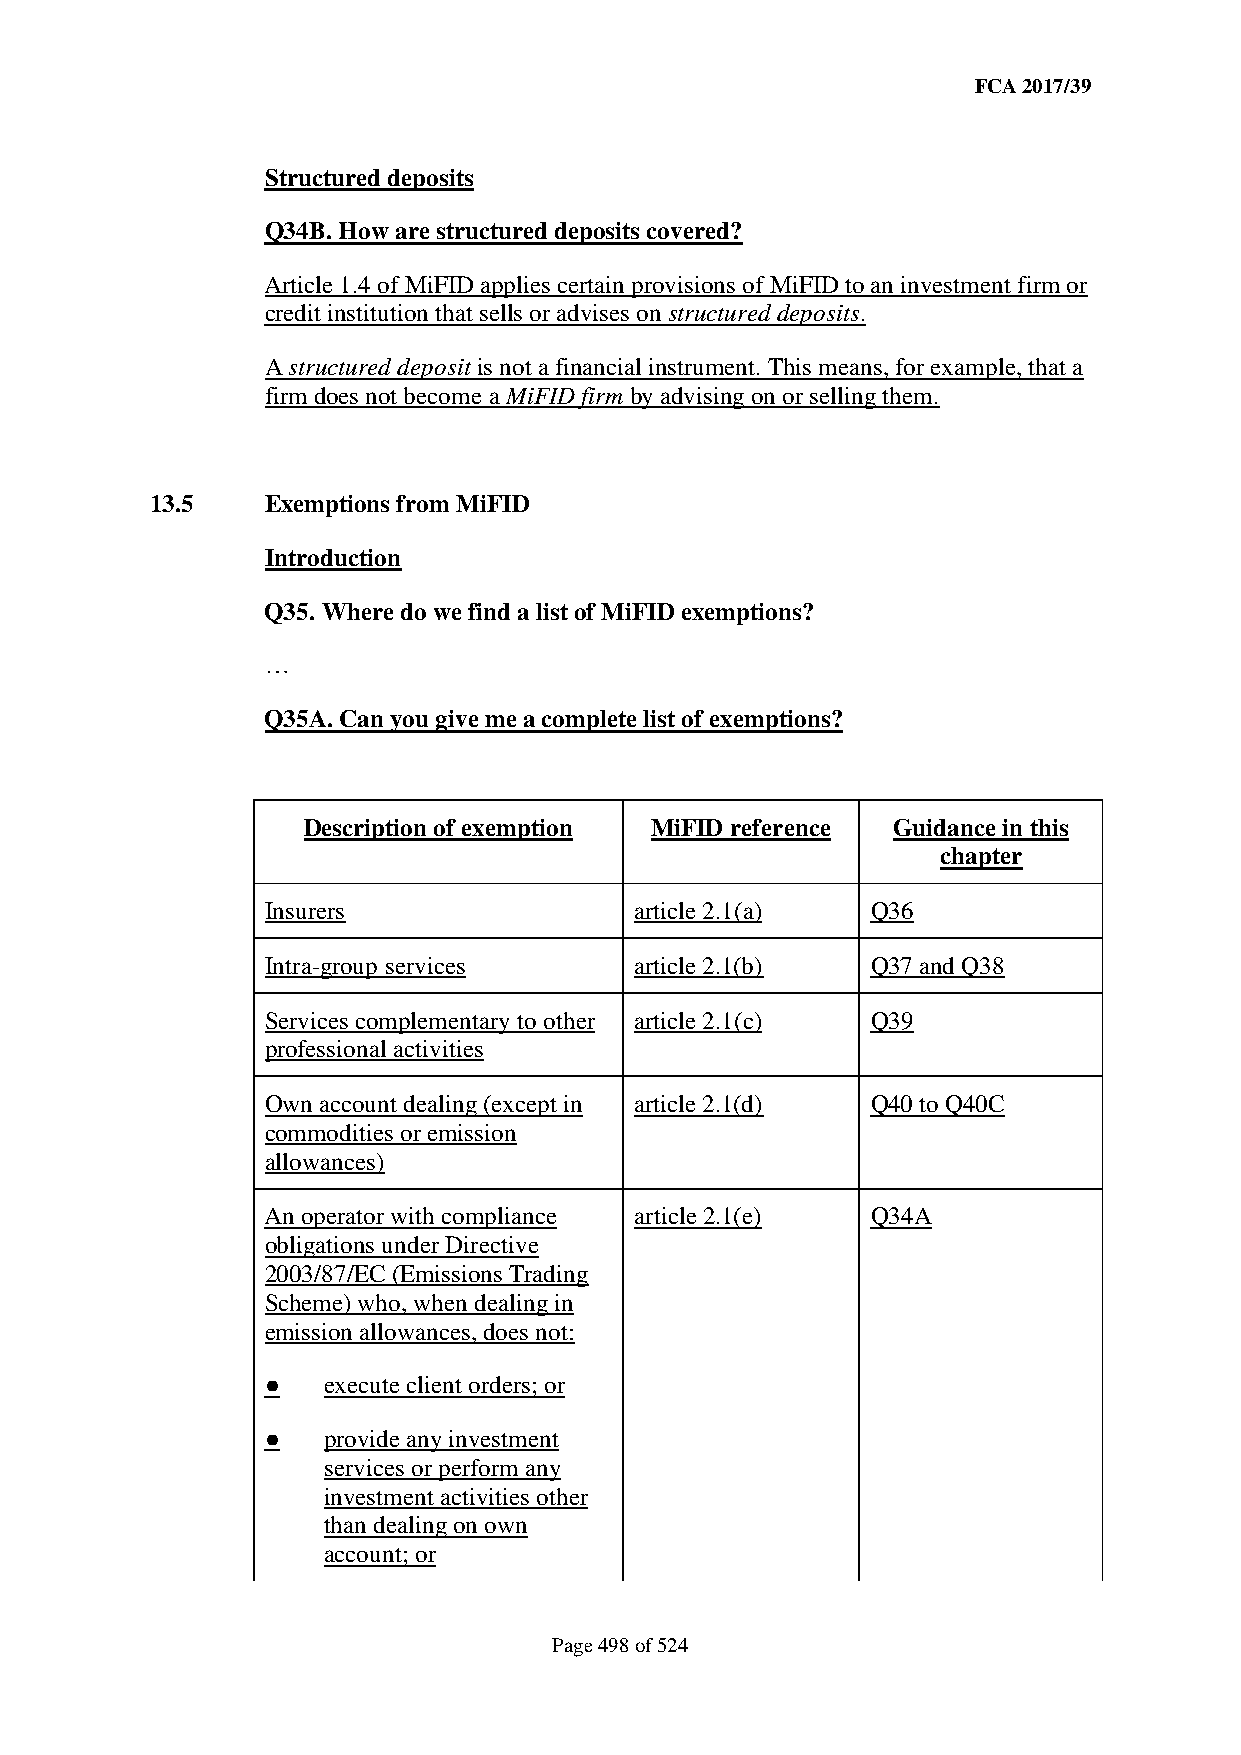
FCA 2017/39
 Structured deposits
 Q34B. How are structured deposits covered?
 Article 1.4 of MiFID applies certain provisions of MiFID to an investment firm or
 credit institution that sells or advises on structured deposits.
 A structured deposit is not a financial instrument. This means, for example, that a
 firm does not become a MiFID firm by advising on or selling them.
 13.5    Exemptions from MiFID
 Introduction
 Q35. Where do we find a list of MiFID exemptions?
 …
 Q35A. Can you give me a complete list of exemptions?
 Description of exemption MiFID reference Guidance in this
 chapter
 Insurers                article 2.1(a)  Q36
 Intra-group services    article 2.1(b)  Q37 and Q38
 Services complementary to other article 2.1(c) Q39
 professional activities
 Own account dealing (except in article 2.1(d) Q40 to Q40C
 commodities or emission
 allowances)
 An operator with compliance article 2.1(e) Q34A
 obligations under Directive
 2003/87/EC (Emissions Trading
 Scheme) who, when dealing in
 emission allowances, does not:
 ●  execute client orders; or
 ●  provide any investment
 services or perform any
 investment activities other
 than dealing on own
 account; or
 Page 498 of 524